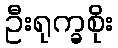
ဦးရုက္ခစိုး